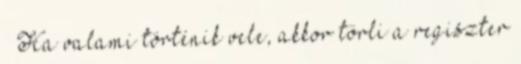
– Ha valami történik vele, akkor törli a regiszter